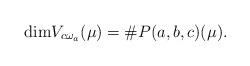
LaTeX: \begin{align*}{\dim}V_{c\omega_a}(\mu)=\# P(a,b,c)(\mu).\end{align*}